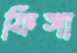
ফিঙ্গা